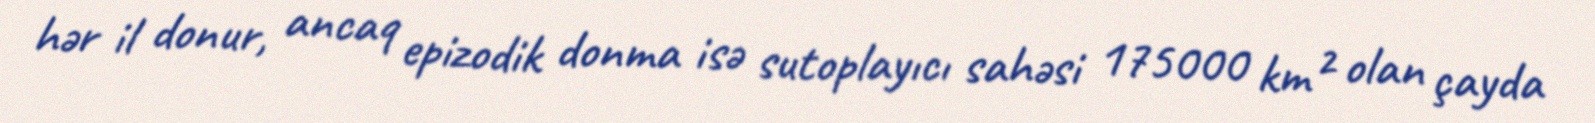
hər il donur, ancaq epizodik donma isə sutoplayıcı sahəsi 175000 km² olan çayda